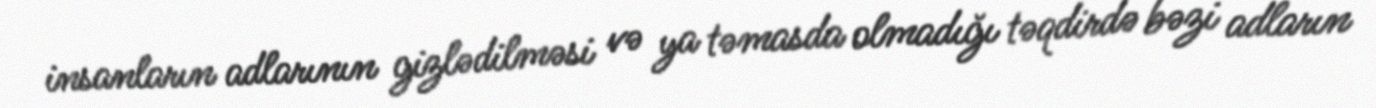
insanların adlarının gizlədilməsi və ya təmasda olmadığı təqdirdə bəzi adların